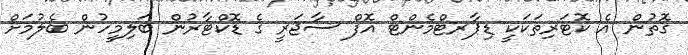
ގޮތުން އެ ކޮޓަރިތަކަކީ ޑިޕާރޓްމެންޓް އޮފް ސާޖަރީ ގެ ޑޮކްޓާރުން ބަލިމީހުން ބެލުމަށް